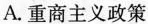
A.重商主义政策